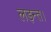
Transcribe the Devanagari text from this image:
लड़न्त।